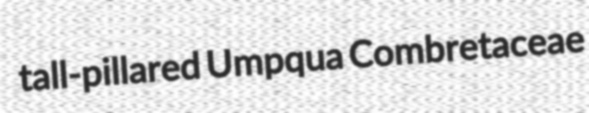
tall-pillared Umpqua Combretaceae